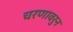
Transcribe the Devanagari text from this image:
चरणावरुन